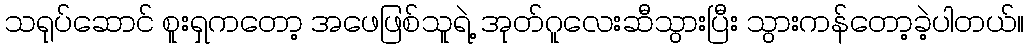
သရုပ်ဆောင် စူးရှကတော့ အဖေဖြစ်သူရဲ့ အုတ်ဂူလေးဆီသွားပြီး သွားကန်တော့ခဲ့ပါတယ်။